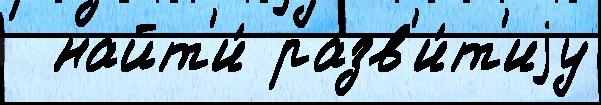
  найт'и́ разв'и́т'иjу